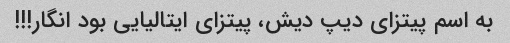
به اسم پیتزای دیپ دیش، پیتزای ایتالیایی بود انگار!!!